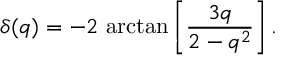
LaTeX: \delta ( q ) = - 2 ~ \mathrm { a r c t a n } \left[ \frac { 3 q } { 2 - q ^ { 2 } } \right] .